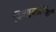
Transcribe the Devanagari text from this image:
विष्णुमूर्तियाँ